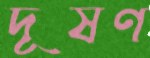
দূষণ